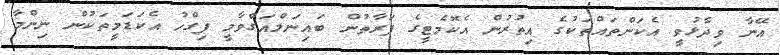
އޭނާ ވިދާޅުވީ އެކަންތައްތަކުގެ އިތުރުން އެކޮމެޓީގެ ފަރާތުން ބައިނަލްއަގްވާމީ ފިގްހު އެކަޑަމީތަކުން ނިންމާ